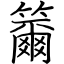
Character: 籋